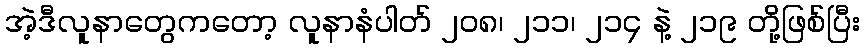
အဲ့ဒီလူနာတွေကတော့ လူနာနံပါတ် ၂၀၈၊ ၂၁၁၊ ၂၁၄ နဲ့ ၂၁၉ တို့ဖြစ်ပြီး